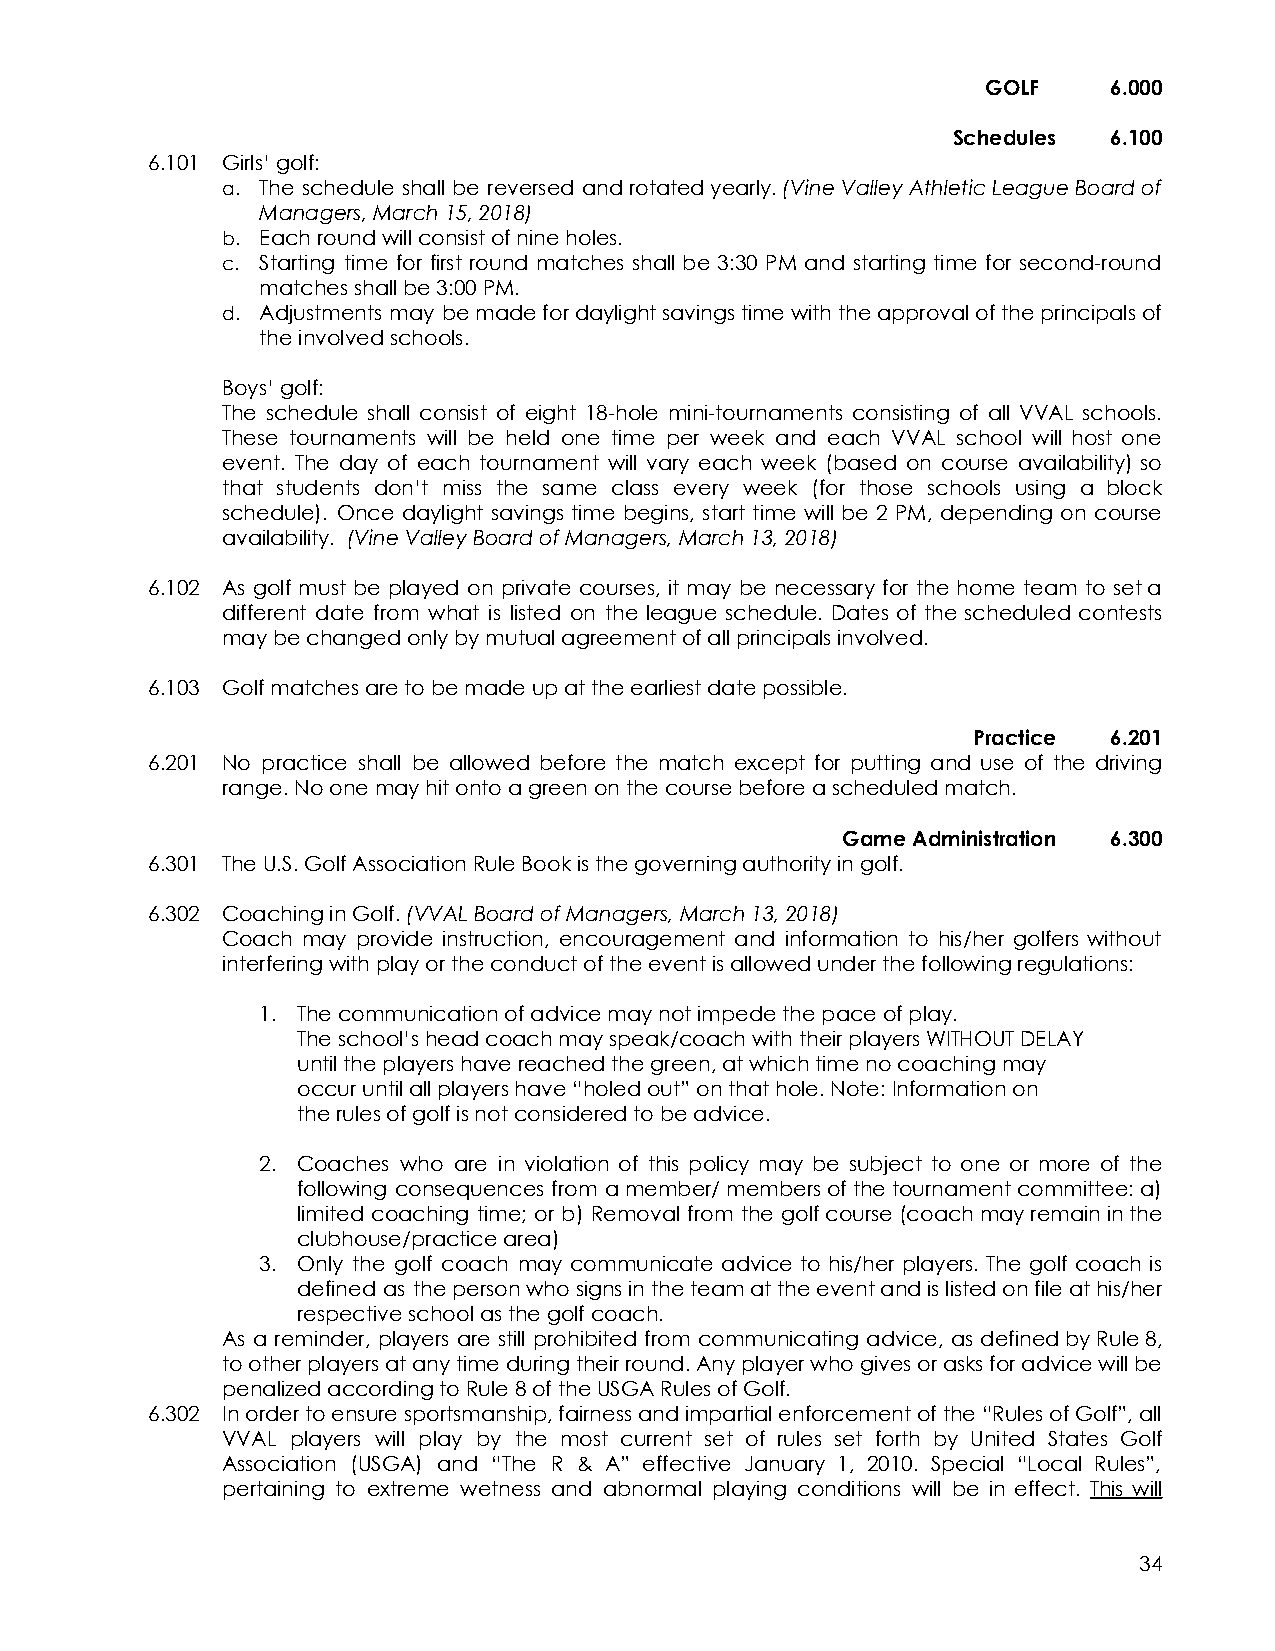
GOLF    6.000
 Schedules 6.100
 6.101 Girls’ golf:
 a. The schedule shall be reversed androtatedyearly.(VineValleyAthleticLeagueBoardof
 Managers, March 15, 2018)
 b. Each round will consist of nine holes.
 c. Starting time for first round matches shall be 3:30 PM and starting time for second-round
 matches shall be 3:00 PM.
 d. Adjustments may bemadefordaylightsavingstimewiththeapprovaloftheprincipalsof
 the involved schools.
 Boys’ golf:
 The schedule shall consist of eight 18-hole mini-tournaments consisting of all VVAL schools.
 These tournaments will be held one time per week and each VVAL school will host one
 event. The day of each tournament will vary each week (based on course availability) so
 that students don’t miss the same class every week (for those schools using a block
 schedule). Once daylight savings time begins, start time will be 2 PM, depending on course
 availability. (Vine Valley Board of Managers, March13, 2018)
 6.102 As golf must be played on private courses, it may be necessary for the home team to seta
 different date from what is listed on the league schedule. Dates of the scheduled contests
 may be changed only by mutual agreement of all principals involved.
 6.103 Golf matches are to be made up at the earliest date possible.
 Practice 6.201
 6.201 No practice shall be allowed before the match except for putting and use of the driving
 range. No one may hit onto a green on the course before a scheduled match.
 Game Administration 6.300
 6.301 The U.S. Golf Association Rule Book is the governing authority in golf.
 6.302 Coaching in Golf.(VVAL Board of Managers, March 13,2018)
 Coach may provide instruction, encouragement and information to his/her golfers without
 interfering with play or the conduct of the event is allowed under the following regulations:
 1. The communication of advice may not impede the pace of play.
 The school’s head coach may speak/coach with their players WITHOUT DELAY
 until the players have reached the green, at which time no coaching may
 occur until all players have “holed out” on that hole. Note: Information on
 the rules of golf is not considered to be advice.
 2. Coaches who are in violation of this policy may be subject to one or more of the
 following consequences from amember/membersofthetournamentcommittee:a)
 limited coaching time; or b) Removal from the golfcourse(coachmayremaininthe
 clubhouse/practice area)
 3. Only the golf coach may communicate advice to his/her players. The golf coach is
 defined as thepersonwhosignsintheteamattheeventandislistedonfileathis/her
 respective school as the golf coach.
 As a reminder, players are still prohibited from communicating advice, as definedbyRule8,
 tootherplayersatanytimeduringtheirround.Anyplayerwhogivesorasksforadvicewillbe
 penalized according to Rule 8 of the USGA Rules of Golf.
 6.302 Inordertoensuresportsmanship,fairnessandimpartialenforcementofthe“RulesofGolf”,all
 VVAL players will play by the most current set of rules set forth by United States Golf
 Association (USGA) and “The R & A” effective January 1, 2010. Special “Local Rules”,
 pertaining to extreme wetness and abnormal playing conditions will be in effect. This will
 34